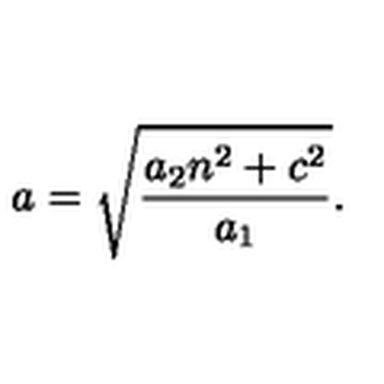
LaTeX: a = \sqrt { \frac { a _ { 2 } n ^ { 2 } + c ^ { 2 } } { a _ { 1 } } } .